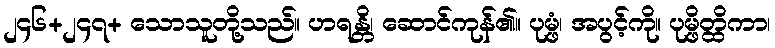
၂၄၆+၂၄၇+ သောသူတို့သည်။ ဟရန္တိ၊ ဆောင်ကုန်၏။ ပုမ္ဖံ၊ အပွင့်ကို။ ပုမ္ဖိတ္ထိကာ၊